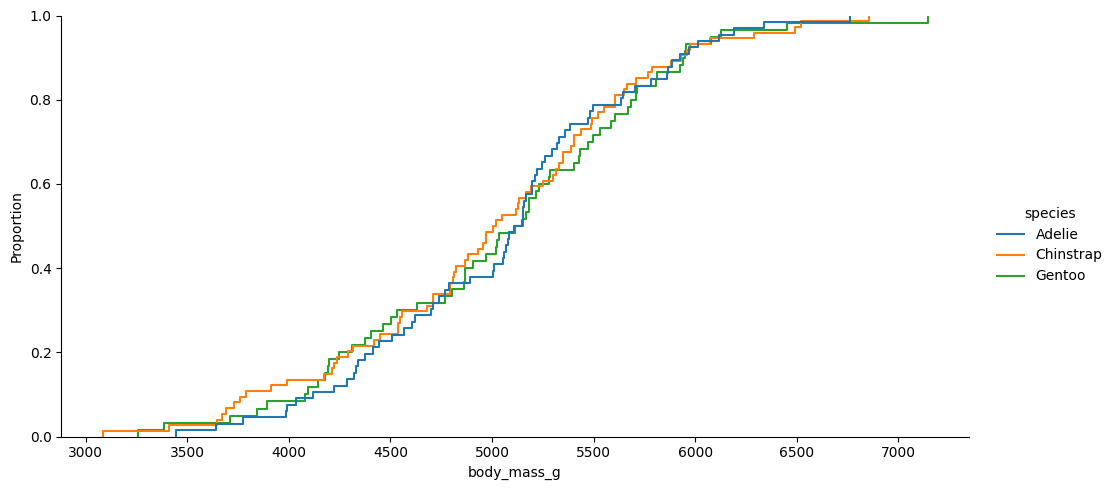
python, seaborn, displot, kind='ecdf', column='body_mass_g', hue='species', height=5, aspect=2.0